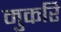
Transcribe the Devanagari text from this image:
मुकरि